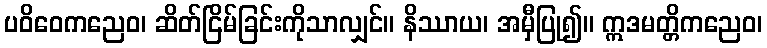
ပဝိဝေကညေဝ၊ ဆိတ်ငြိမ်ခြင်းကိုသာလျှင်။ နိဿာယ၊ အမှီပြု၍။ ဣဒမတ္တိကညေဝ၊